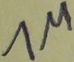
Text: 1M